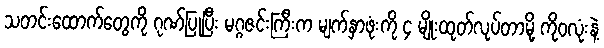
သတင်းထောက်တွေကို ဂုဏ်ပြုပြီး မဂ္ဂဇင်းကြီးက မျက်နှာဖုံးကို ၄ မျိုးထုတ်လုပ်တာမို့ ကိုဝလုံးနဲ့